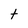
Character: t